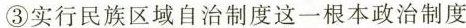
③实行民族区域自治制度这一根本政治制度